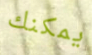
يمكنك